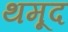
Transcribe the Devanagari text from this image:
थमूद